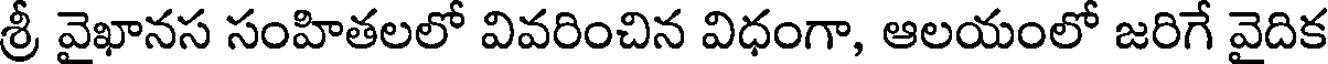
శ్రీ వైఖానస సంహితలలో వివరించిన విధంగా, ఆలయంలో జరిగే వైదిక